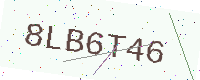
Text: 8LB6T46